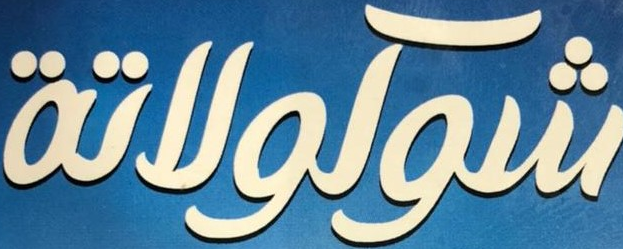
شوكولاتة